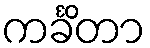
ကင်္ခိတာ